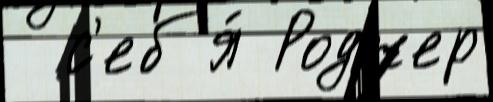
  с'еб'я́ Роджер